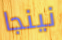
نينجا